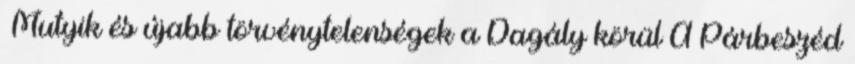
›Mutyik és újabb törvénytelenségek a Dagály körül A Párbeszéd